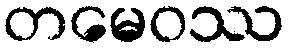
တမေဝဿ